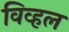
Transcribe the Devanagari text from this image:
विव्हल